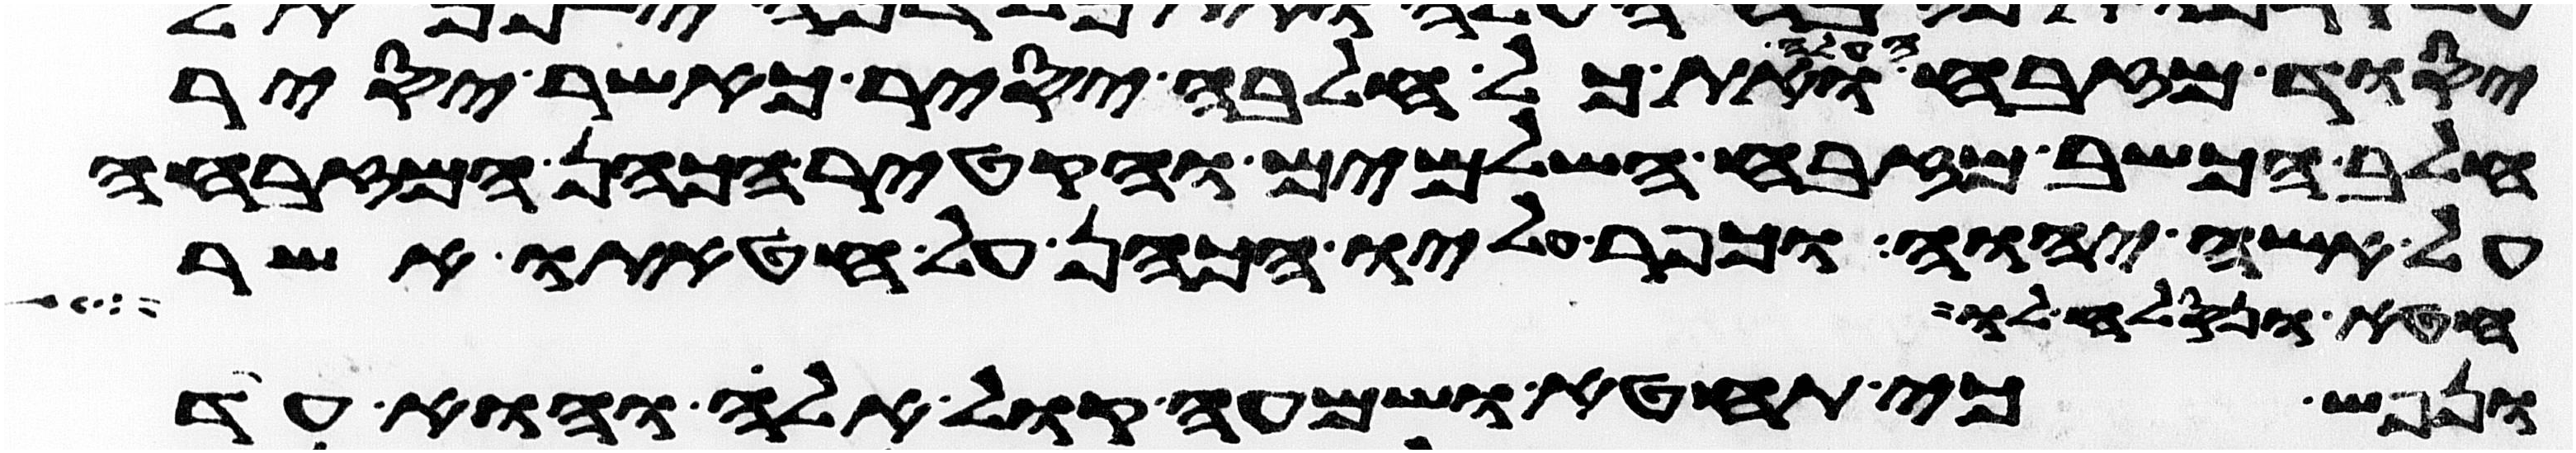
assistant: יסוד מזבח העלה ואת כל חלבה יסיר כאשר יסיר
חלב הכשב מזבח השלמים והקטיר הכהן המזבחה
על אשי יהוה וכפר עליו הכהן על חטאתו אשר
חטא ונסלח לו
ונפש כי תחטא ושמעה קול אלה והוא עד